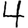
Digit: 4